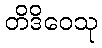
တိဒိဝေသု